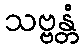
သဗ္ဗန္တံ